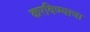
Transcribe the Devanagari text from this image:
करविण्याचा